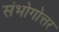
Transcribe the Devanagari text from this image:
संभोगोत्तर